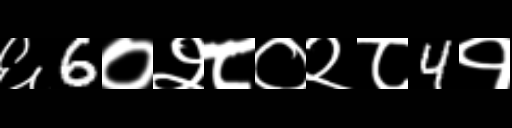
Text: ६6०२८०२८4१